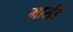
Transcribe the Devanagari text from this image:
मार्सडें